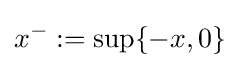
x^{-}:=\sup\{-x,0\}